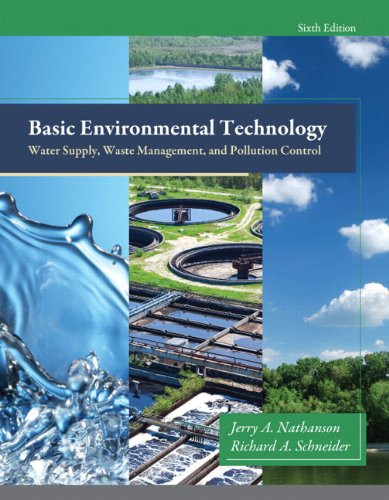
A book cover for Basic Environmental Technology: Water Supply, Waste Management and Pollution Control (6th Edition); Jerry A. Nathanson M.S. P.E.; Science & Math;